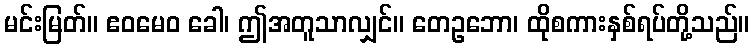
မင်းမြတ်။ ဧဝမေဝ ခေါ၊ ဤအတူသာလျှင်။ တေဥဘော၊ ထိုစကားနှစ်ရပ်တို့သည်။